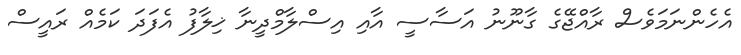
އެހެންނަމަވެސް ރާއްޖޭގެ ގާނޫނު އަސާސީ އާއި އިސްލާމްދީނާ ޚިލާފު އެފަދަ ކަމެއް ރައީސް